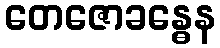
တေဇောခန္ဓေန